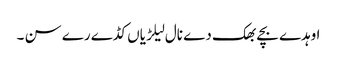
اوہدے بچے بھک دے نال لیلڑیاں کڈے رے سن ۔